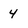
Character: 4